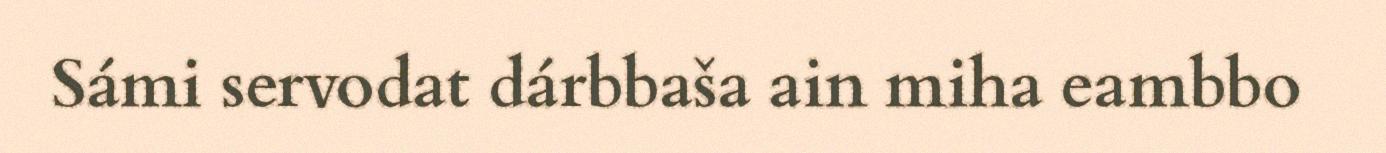
Sámi servodat dárbbaša ain miha eambbo